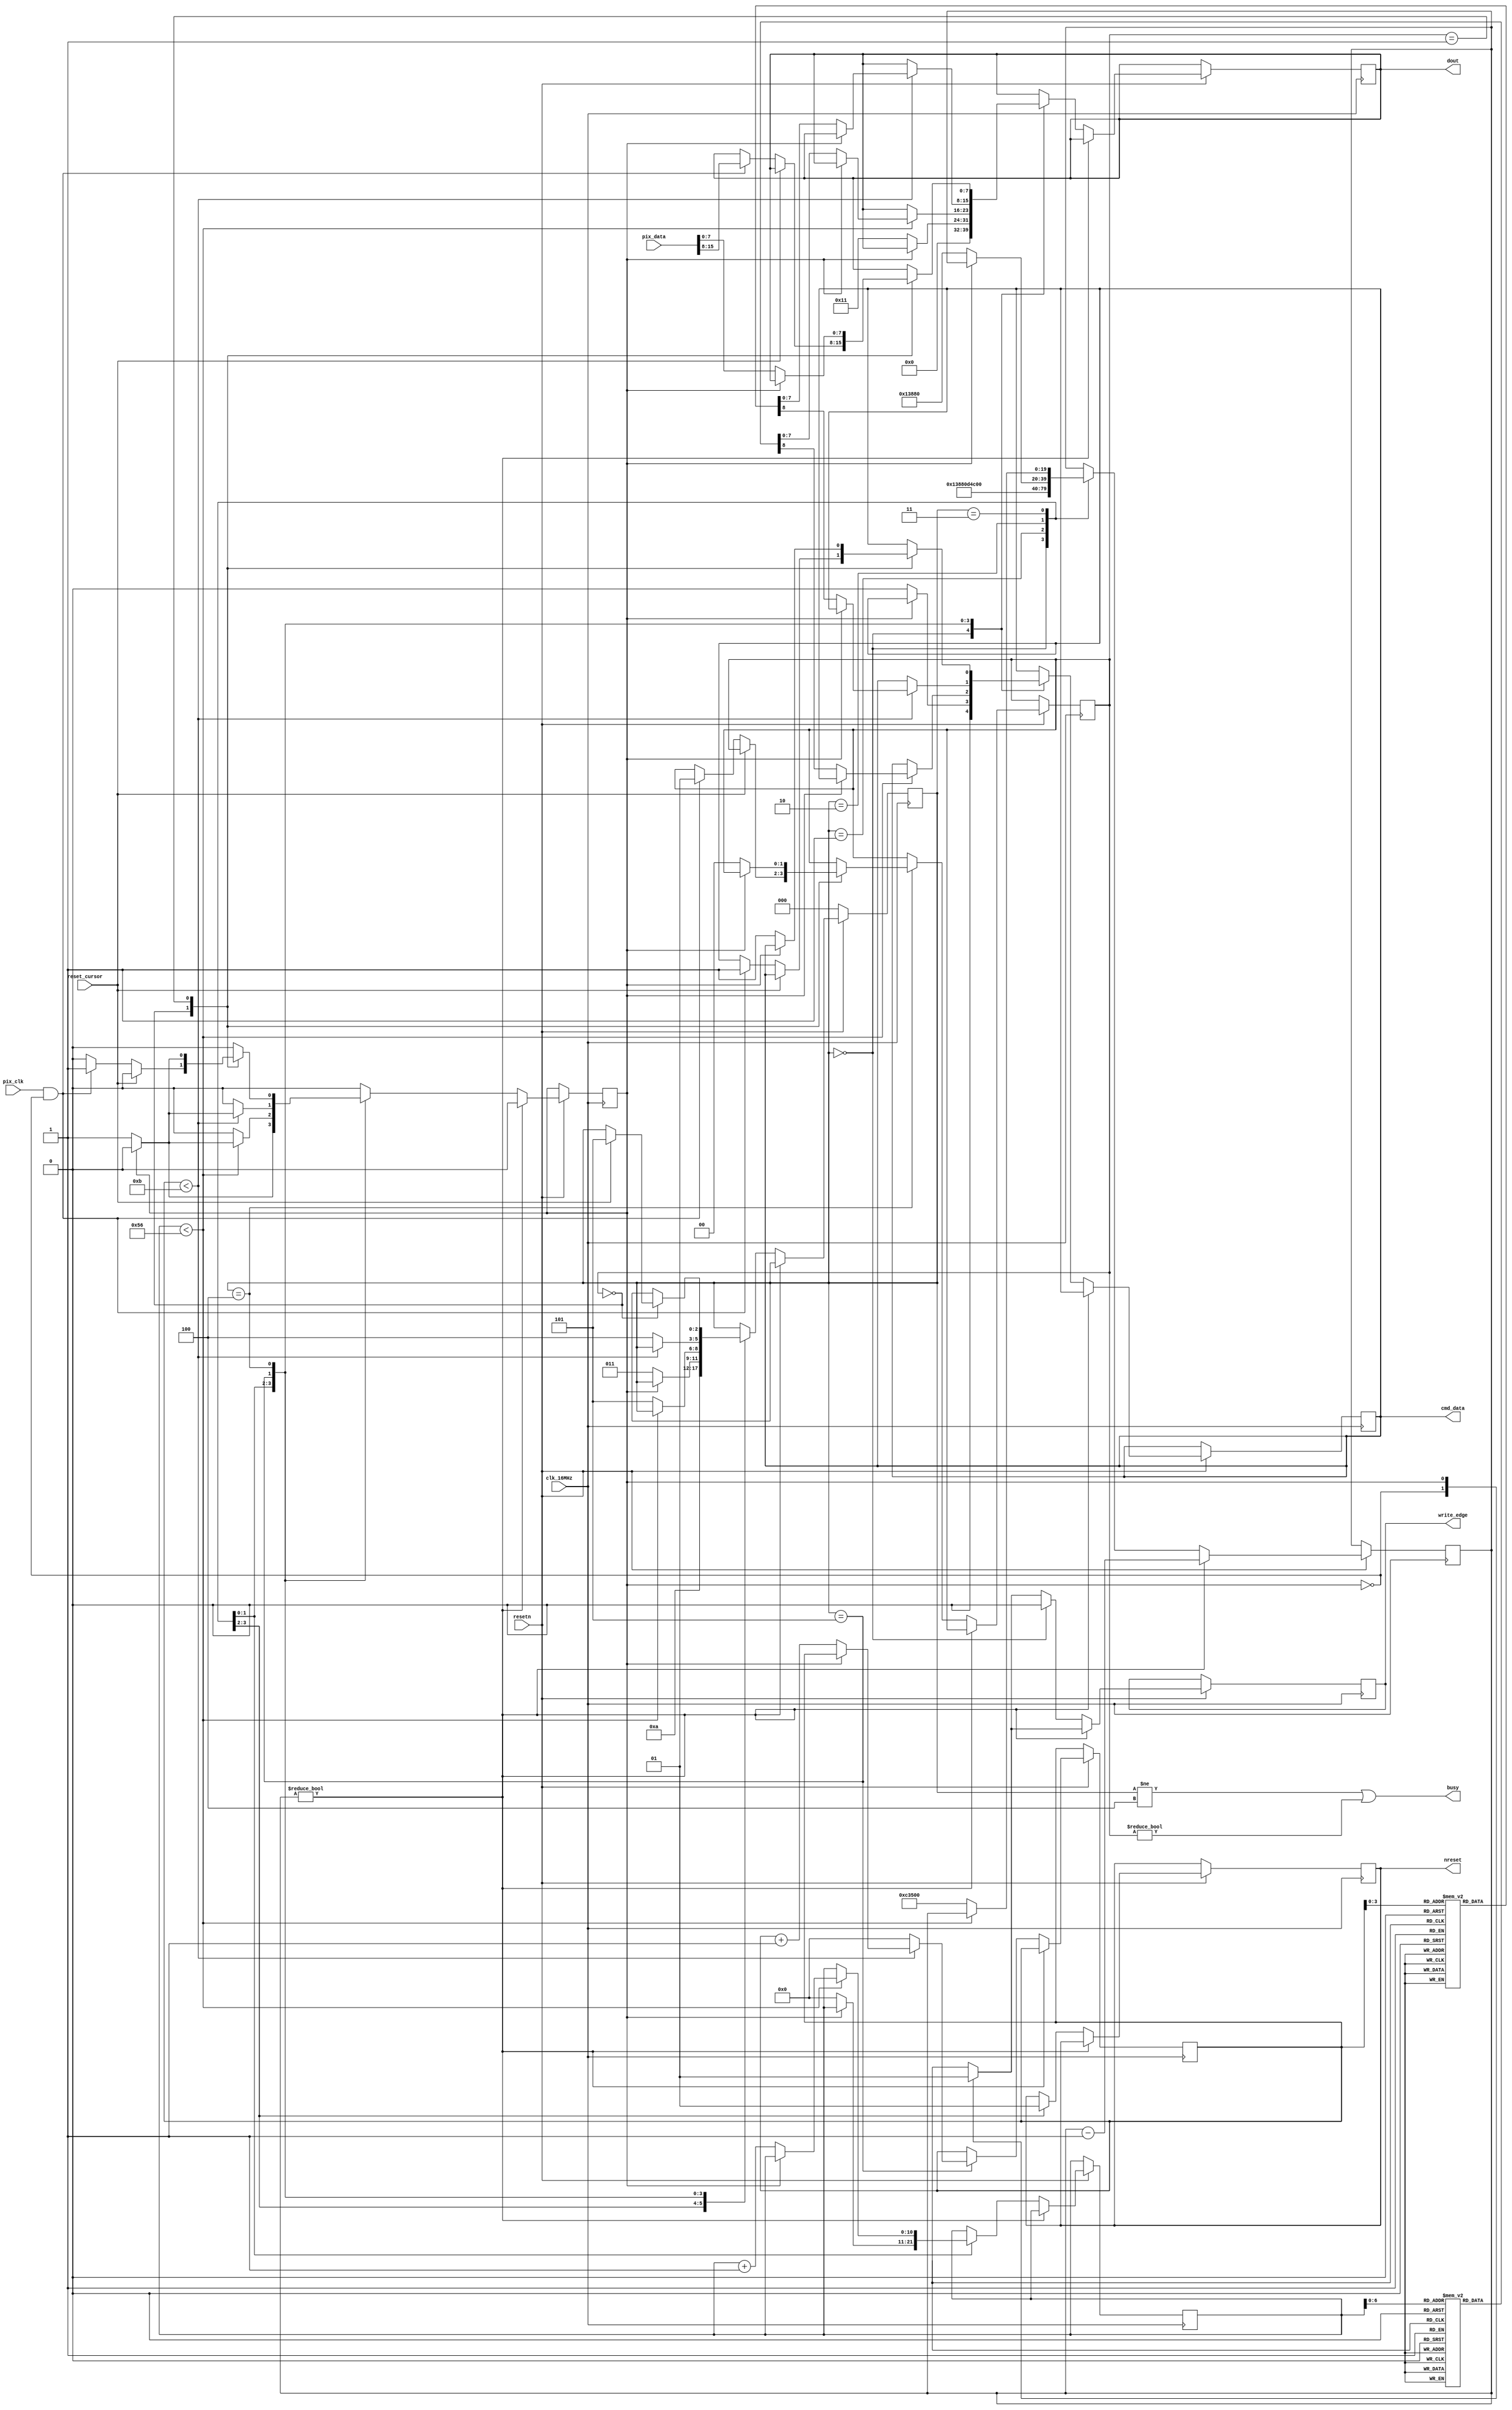
module ili9341 (
           input            resetn,
           input            clk_16MHz,
           output reg       nreset,
           output reg       cmd_data, // 1 => Data, 0 => Command
           output reg       write_edge, // Write signal on rising edge
           output reg [7:0] dout,

           input            reset_cursor,
           input [15:0]     pix_data,
           input            pix_clk,
           output           busy
           );

   parameter  clk_freq = 16000000;
   parameter  tx_clk_freq = 16000000;
   localparam tx_clk_div = (clk_freq / tx_clk_freq) - 1;

   localparam sec_per_tick = (1.0 / tx_clk_freq);
   localparam ms120 = 0.120 / sec_per_tick;
   localparam ms50  = 0.050 / sec_per_tick;
   localparam ms5   = 0.005 / sec_per_tick;

   // Init Sequence Data (based upon
   // https://github.com/thekroko/ili9341_fpga/blob/master/tft_ili9341.sv)
   localparam INIT_SEQ_LEN = 86;
   reg [10:0] init_seq_counter = 11'b0;
   reg [8:0] INIT_SEQ [0:INIT_SEQ_LEN-1];

   localparam CURSOR_SEQ_LEN = 11;
   reg [10:0] cursor_seq_counter = 11'b0;
   reg [8:0] CURSOR_SEQ [0:CURSOR_SEQ_LEN-1];

   initial begin
      // Turn off Display
      INIT_SEQ[0] <= {1'b0, 8'h28};

      // Init (??)
      INIT_SEQ[1] <= {1'b0, 8'hCF};
      INIT_SEQ[2] <= {1'b1, 8'h00};
      INIT_SEQ[3] <= {1'b1, 8'hC3};
      INIT_SEQ[4] <= {1'b1, 8'h30};

      INIT_SEQ[5] <= {1'b0, 8'hED};
      INIT_SEQ[6] <= {1'b1, 8'h64};
      INIT_SEQ[7] <= {1'b1, 8'h03};
      INIT_SEQ[8] <= {1'b1, 8'h12};
      INIT_SEQ[9] <= {1'b1, 8'h81};

      INIT_SEQ[10] <= {1'b0, 8'hE8};
      INIT_SEQ[11] <= {1'b1, 8'h85};
      INIT_SEQ[12] <= {1'b1, 8'h10};
      INIT_SEQ[13] <= {1'b1, 8'h79};

      INIT_SEQ[14] <= {1'b0, 8'hCB};
      INIT_SEQ[15] <= {1'b1, 8'h39};
      INIT_SEQ[16] <= {1'b1, 8'h2C};
      INIT_SEQ[17] <= {1'b1, 8'h00};
      INIT_SEQ[18] <= {1'b1, 8'h34};
      INIT_SEQ[19] <= {1'b1, 8'h02};

      INIT_SEQ[20] <= {1'b0, 8'hF7};
      INIT_SEQ[21] <= {1'b1, 8'h20};

      INIT_SEQ[22] <= {1'b0, 8'hEA};
      INIT_SEQ[23] <= {1'b1, 8'h00};
      INIT_SEQ[24] <= {1'b1, 8'h00};

      // Power Control
      INIT_SEQ[25] <= {1'b0, 8'hC0};
      INIT_SEQ[26] <= {1'b1, 8'h22};

      INIT_SEQ[27] <= {1'b0, 8'hC1};
      INIT_SEQ[28] <= {1'b1, 8'h11};

      // VCOM control
      INIT_SEQ[29] <= {1'b0, 8'hC5};
      INIT_SEQ[30] <= {1'b1, 8'h3d};
      INIT_SEQ[31] <= {1'b1, 8'h20};

      // VCOM contrl 2
      INIT_SEQ[32] <= {1'b0, 8'hC7};
      INIT_SEQ[33] <= {1'b1, 8'hAA};

      // Memory Access Control
      INIT_SEQ[34] <= {1'b0, 8'h36};
      INIT_SEQ[35] <= {1'b1, 8'h08};
      INIT_SEQ[36] <= {1'b0, 8'h3A};
      INIT_SEQ[37] <= {1'b1, 8'h55};

      // Frame Rate
      INIT_SEQ[38] <= {1'b0, 8'hB1};
      INIT_SEQ[39] <= {1'b1, 8'h00};
      INIT_SEQ[40] <= {1'b1, 8'h13};

      // Display function control
      INIT_SEQ[41] <= {1'b0, 8'hB6};
      INIT_SEQ[42] <= {1'b1, 8'h0A};
      INIT_SEQ[43] <= {1'b1, 8'hA2};

      INIT_SEQ[44] <= {1'b0, 8'hF6};
      INIT_SEQ[45] <= {1'b1, 8'h01};
      INIT_SEQ[46] <= {1'b1, 8'h30};

      // Gamma function disable
      INIT_SEQ[47] <= {1'b0, 8'hF2};
      INIT_SEQ[48] <= {1'b1, 8'h00};

      // Gamma curve selected
      INIT_SEQ[49] <= {1'b0, 8'h26};
      INIT_SEQ[50] <= {1'b1, 8'h01};

      //Set Gamma
      INIT_SEQ[51] <= {1'b0, 8'hE0};
      INIT_SEQ[52] <= {1'b1, 8'h0F};
      INIT_SEQ[53] <= {1'b1, 8'h3F};
      INIT_SEQ[54] <= {1'b1, 8'h2F};
      INIT_SEQ[55] <= {1'b1, 8'h0C};
      INIT_SEQ[56] <= {1'b1, 8'h10};
      INIT_SEQ[57] <= {1'b1, 8'h0A};
      INIT_SEQ[58] <= {1'b1, 8'h53};
      INIT_SEQ[59] <= {1'b1, 8'hD5};
      INIT_SEQ[60] <= {1'b1, 8'h40};
      INIT_SEQ[61] <= {1'b1, 8'h0A};
      INIT_SEQ[62] <= {1'b1, 8'h13};
      INIT_SEQ[63] <= {1'b1, 8'h03};
      INIT_SEQ[64] <= {1'b1, 8'h08};
      INIT_SEQ[65] <= {1'b1, 8'h03};
      INIT_SEQ[66] <= {1'b1, 8'h00};

      //Set Gamma
      INIT_SEQ[67] <= {1'b0, 8'hE1};
      INIT_SEQ[68] <= {1'b1, 8'h00};
      INIT_SEQ[69] <= {1'b1, 8'h00};
      INIT_SEQ[70] <= {1'b1, 8'h10};
      INIT_SEQ[71] <= {1'b1, 8'h03};
      INIT_SEQ[72] <= {1'b1, 8'h0F};
      INIT_SEQ[73] <= {1'b1, 8'h05};
      INIT_SEQ[74] <= {1'b1, 8'h2C};
      INIT_SEQ[75] <= {1'b1, 8'hA2};
      INIT_SEQ[76] <= {1'b1, 8'h3F};
      INIT_SEQ[77] <= {1'b1, 8'h05};
      INIT_SEQ[78] <= {1'b1, 8'h0E};
      INIT_SEQ[79] <= {1'b1, 8'h0C};
      INIT_SEQ[80] <= {1'b1, 8'h37};
      INIT_SEQ[81] <= {1'b1, 8'h3C};
      INIT_SEQ[82] <= {1'b1, 8'h0F};

      // Brightness
      INIT_SEQ[83] <= {1'b0, 8'h51};
      INIT_SEQ[84] <= {1'b1, 8'hFF};

      INIT_SEQ[85] <= {1'b0, 8'h29}; // Enable Display

      // Column Address
      CURSOR_SEQ[0] <= {1'b0, 8'h2A};
      CURSOR_SEQ[1] <= {1'b1, 8'h00};
      CURSOR_SEQ[2] <= {1'b1, 8'h00};
      CURSOR_SEQ[3] <= {1'b1, 8'h00};
      CURSOR_SEQ[4] <= {1'b1, 8'hEF};

      // Page Address
      CURSOR_SEQ[5] <= {1'b0, 8'h2B};
      CURSOR_SEQ[6] <= {1'b1, 8'h00};
      CURSOR_SEQ[7] <= {1'b1, 8'h00};
      CURSOR_SEQ[8] <= {1'b1, 8'h01};
      CURSOR_SEQ[9] <= {1'b1, 8'h3F};

      CURSOR_SEQ[10] <= {1'b0, 8'h2C}; // Start Memory-Write

      dout <= 0;
      write_edge <= 0;
      cmd_data <= 0;
   end

   parameter RESET = 5'd0;
   parameter NOT_RESET = 5'd1;
   parameter WAKEUP = 5'd2;
   parameter INIT = 5'd3;
   parameter READY = 5'd4;
   parameter CURSOR = 5'd5;

   reg [2:0] state = RESET;

   parameter TX_IDLE = 1'd0;
   parameter TX_DATA_READY = 1'd1;
   reg       tx_state = TX_IDLE;

   reg [19:0] delay_ticks = 0;

   parameter PIX_IDLE = 1'd0;
   parameter PIX_SEND = 1'd1;

   reg [1:0]  pix_state = PIX_IDLE;

   assign busy = (state != READY) || (pix_state != PIX_IDLE);

   always @(posedge clk_16MHz) begin

      if (!resetn) state <= RESET;
      else begin 

         case (tx_state)
            TX_IDLE : begin
               write_edge <= 0;
            end
            TX_DATA_READY : begin
               write_edge <= 1;
               tx_state <= TX_IDLE;
            end
         endcase

         if (delay_ticks != 0) begin

            delay_ticks <= delay_ticks - 1;

         end else begin

            case (state)
               RESET : begin
                  nreset <= 0;
                  dout <= 0;
                  write_edge <= 0;
                  cmd_data <= 0;
                  delay_ticks = ms5;

                  state <= NOT_RESET;
               end

               NOT_RESET : begin
                  nreset <= 1;
                  state <= WAKEUP;
                  delay_ticks <= ms120;
               end

               WAKEUP : begin
                  if (tx_state == TX_IDLE) begin
                     cmd_data <= 0;
                     dout <= 8'h11;
                     tx_state <= TX_DATA_READY;
                     init_seq_counter <= 0; 
                     state <= INIT;
                     delay_ticks <= ms5;
                  end
               end

               INIT: begin
                  if (init_seq_counter < INIT_SEQ_LEN) begin
                     if (tx_state == TX_IDLE) begin
                        cmd_data <= INIT_SEQ[init_seq_counter][8];
                        dout <= INIT_SEQ[init_seq_counter][7:0];

                        init_seq_counter <= init_seq_counter + 1;
                        tx_state <= TX_DATA_READY;
                     end
                  end else begin
                     state <= CURSOR;
                     delay_ticks <= ms50;
                  end
               end

               CURSOR: begin
                  if (cursor_seq_counter < CURSOR_SEQ_LEN) begin
                     if (tx_state == TX_IDLE) begin
                        cmd_data <= CURSOR_SEQ[cursor_seq_counter][8];
                        dout <= CURSOR_SEQ[cursor_seq_counter][7:0];

                        cursor_seq_counter <= cursor_seq_counter + 1;
                        tx_state <= TX_DATA_READY;
                     end
                  end else begin
                     state <= READY;
                     cursor_seq_counter <= 0;
                  end
               end

               READY : begin

                  case (pix_state)

                    PIX_IDLE : begin
                       if (reset_cursor == 1) begin
                          state <= CURSOR;
                       end else if (pix_clk == 1 && tx_state == TX_IDLE) begin
                          cmd_data <= 1;
                          dout <= pix_data[15:8];
                          tx_state <= TX_DATA_READY;
                          pix_state <= PIX_SEND;
                       end
                    end

                    PIX_SEND: begin
                       if (tx_state == TX_IDLE) begin
                          cmd_data <= 1;
                          dout <= pix_data[7:0];
                          tx_state <= TX_DATA_READY;
                          pix_state <= PIX_IDLE;
                       end
                    end
                  endcase
               end
            endcase
         end
      end
   end

endmodule